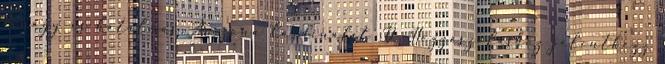
a nagy és hatalmas Arizona Cardinalst :D. Hozzászóláshoz jelentkezz